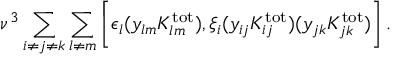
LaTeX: \nu ^ { 3 } \sum _ { i \ne j \ne k } \sum _ { l \ne m } \bigg [ \epsilon _ { l } ( y _ { l m } K _ { l m } ^ { \mathrm { t o t } } ) , \xi _ { i } ( y _ { i j } K _ { i j } ^ { \mathrm { t o t } } ) ( y _ { j k } K _ { j k } ^ { \mathrm { t o t } } ) \bigg ] \, .